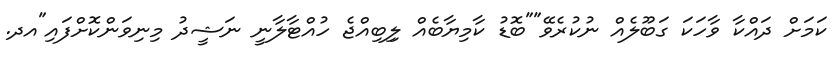
ކަމަށް ދައްކާ ވާހަކަ ގަބޫލެއް ނުކުރެވޭ""ބޮޑު ކާމިޔާބެއް ލިިބިއްޖެ ހުއްޓާލާނީ ނަޝީދު މިނިވަންކޮށްފައި"އދ.